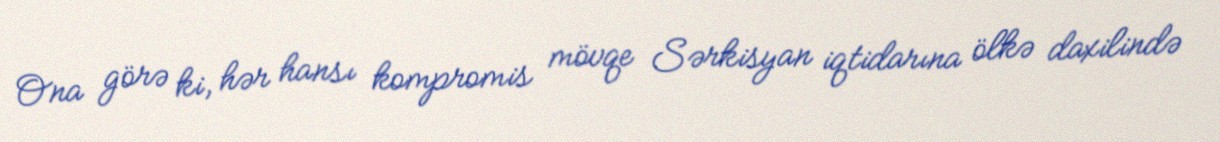
Ona görə ki, hər hansı kompromis mövqe Sərkisyan iqtidarına ölkə daxilində